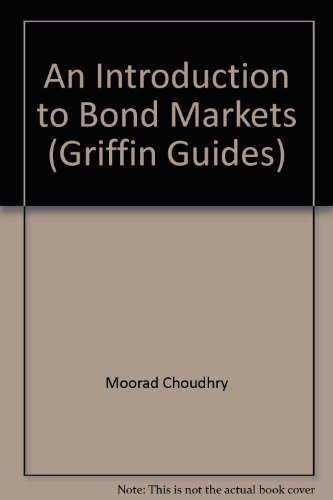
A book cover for An Introduction to Bonds (Griffin Guides); Moorad Chaudhry; Business & Money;